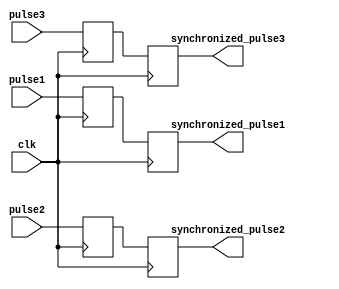
module timing_control_and_sync (
    input wire clk,
    input wire pulse1,
    input wire pulse2,
    input wire pulse3,
    output reg synchronized_pulse1,
    output reg synchronized_pulse2,
    output reg synchronized_pulse3
);

reg sync_reg1, sync_reg2, sync_reg3;

always @(posedge clk) begin
    sync_reg1 <= pulse1;
    sync_reg2 <= pulse2;
    sync_reg3 <= pulse3;
end

always @(posedge clk) begin
    synchronized_pulse1 <= sync_reg1;
    synchronized_pulse2 <= sync_reg2;
    synchronized_pulse3 <= sync_reg3;
end

endmodule